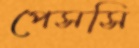
পেসসি